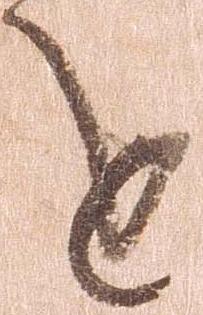
を